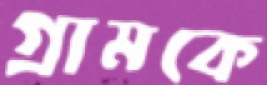
গ্রামকে